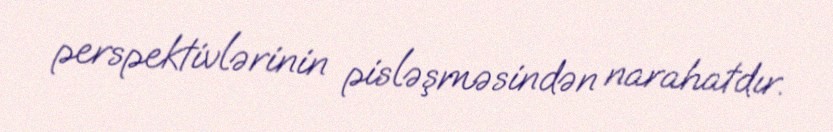
perspektivlərinin pisləşməsindən narahatdır.